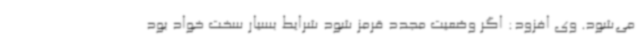
می‌شود. وی افزود: اگر وضعیت مجدد قرمز شود شرایط بسیار سخت خواد بود